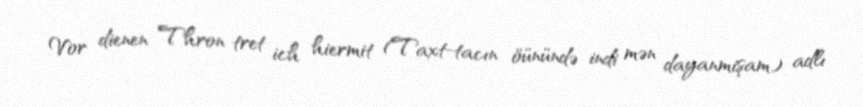
Vor dienen Thron tret ich hiermit (Taxt-tacın öünündə indi mən dayanmişam) adlı